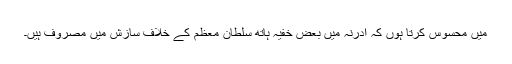
میں محسوس کرتا ہوں کہ ادرنہ میں بعض خفیہ ہاتھ سلطان معظم کے خلاف سازش میں مصروف ہیں۔